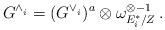
LaTeX: \begin{align*}G^{\wedge^{}_i} =(G^{\vee^{}_i})^a \otimes \omega^{\otimes -1}_{E^*_i/Z}\,.\end{align*}